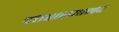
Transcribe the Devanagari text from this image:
दत्तशरणानंद